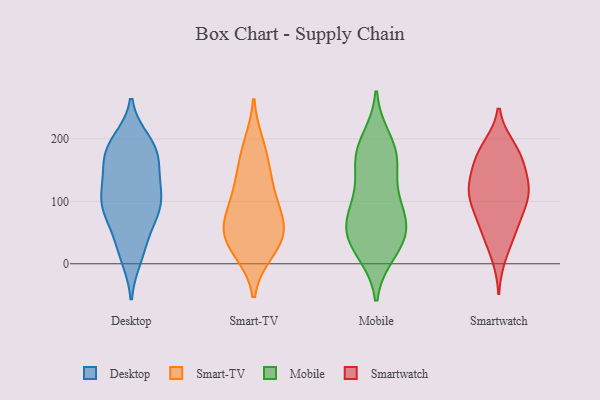
{"axis": {"x": "Waste Production (Tons)", "y": "Value"}, "legend": ["Desktop", "Mobile", "Smart-TV", "Smartwatch"], "data": [{"x": "", "y": 171, "type": "Desktop"}, {"x": "", "y": 180, "type": "Desktop"}, {"x": "", "y": 63, "type": "Desktop"}, {"x": "", "y": 77, "type": "Desktop"}, {"x": "", "y": 117, "type": "Desktop"}, {"x": "", "y": 17, "type": "Desktop"}, {"x": "", "y": 183, "type": "Desktop"}, {"x": "", "y": 191, "type": "Desktop"}, {"x": "", "y": 149, "type": "Desktop"}, {"x": "", "y": 94, "type": "Desktop"}, {"x": "", "y": 95, "type": "Desktop"}, {"x": "", "y": 33, "type": "Desktop"}, {"x": "", "y": 180, "type": "Desktop"}, {"x": "", "y": 92, "type": "Desktop"}, {"x": "", "y": 112, "type": "Desktop"}, {"x": "", "y": 146, "type": "Desktop"}, {"x": "", "y": 196, "type": "Desktop"}, {"x": "", "y": 86, "type": "Desktop"}, {"x": "", "y": 124, "type": "Desktop"}, {"x": "", "y": 11, "type": "Desktop"}, {"x": "", "y": 77, "type": "Smart-TV"}, {"x": "", "y": 161, "type": "Smart-TV"}, {"x": "", "y": 113, "type": "Smart-TV"}, {"x": "", "y": 191, "type": "Smart-TV"}, {"x": "", "y": 50, "type": "Smart-TV"}, {"x": "", "y": 56, "type": "Smart-TV"}, {"x": "", "y": 123, "type": "Smart-TV"}, {"x": "", "y": 19, "type": "Smart-TV"}, {"x": "", "y": 61, "type": "Smart-TV"}, {"x": "", "y": 26, "type": "Smart-TV"}, {"x": "", "y": 19, "type": "Mobile"}, {"x": "", "y": 176, "type": "Mobile"}, {"x": "", "y": 77, "type": "Mobile"}, {"x": "", "y": 26, "type": "Mobile"}, {"x": "", "y": 98, "type": "Mobile"}, {"x": "", "y": 53, "type": "Mobile"}, {"x": "", "y": 54, "type": "Mobile"}, {"x": "", "y": 198, "type": "Mobile"}, {"x": "", "y": 173, "type": "Mobile"}, {"x": "", "y": 63, "type": "Mobile"}, {"x": "", "y": 171, "type": "Mobile"}, {"x": "", "y": 98, "type": "Mobile"}, {"x": "", "y": 146, "type": "Mobile"}, {"x": "", "y": 36, "type": "Mobile"}, {"x": "", "y": 81, "type": "Smartwatch"}, {"x": "", "y": 177, "type": "Smartwatch"}, {"x": "", "y": 13, "type": "Smartwatch"}, {"x": "", "y": 110, "type": "Smartwatch"}, {"x": "", "y": 103, "type": "Smartwatch"}, {"x": "", "y": 127, "type": "Smartwatch"}, {"x": "", "y": 183, "type": "Smartwatch"}, {"x": "", "y": 113, "type": "Smartwatch"}, {"x": "", "y": 47, "type": "Smartwatch"}, {"x": "", "y": 53, "type": "Smartwatch"}, {"x": "", "y": 119, "type": "Smartwatch"}, {"x": "", "y": 187, "type": "Smartwatch"}, {"x": "", "y": 105, "type": "Smartwatch"}, {"x": "", "y": 63, "type": "Smartwatch"}, {"x": "", "y": 156, "type": "Smartwatch"}, {"x": "", "y": 142, "type": "Smartwatch"}, {"x": "", "y": 165, "type": "Smartwatch"}]}